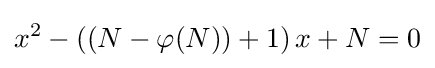
x^{2}-\left(\left(N-\varphi (N)\right)+1\right)x+N=0